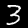
Label: 3